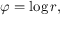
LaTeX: \varphi = \log r ,